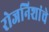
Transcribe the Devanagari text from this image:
रोजनिशांचे